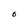
Character: O